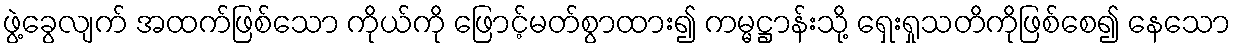
ဖွဲ့ခွေလျက် အထက်ဖြစ်သော ကိုယ်ကို ဖြောင့်မတ်စွာထား၍ ကမ္မဋ္ဌာန်းသို့ ရှေးရှုသတိကိုဖြစ်စေ၍ နေသော